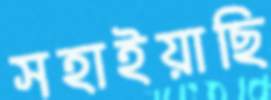
সহাইয়াছি